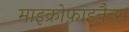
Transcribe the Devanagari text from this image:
माइक्रोफ़ाइनैन्स